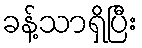
ခန့်သာရှိပြီး